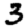
Digit: 3